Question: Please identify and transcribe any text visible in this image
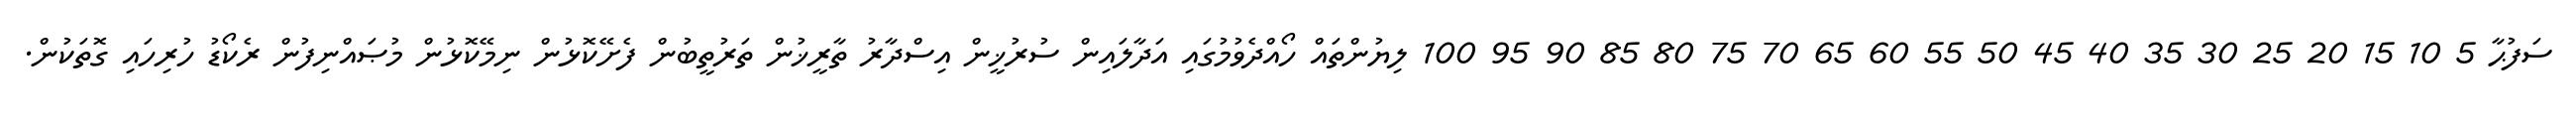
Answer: ސަފުޙާ 5 10 15 20 25 30 35 40 45 50 55 60 65 70 75 80 85 90 95 100 ލިޔުންތައް ހޯއްދެވުމުގައި އަދާލައިން ސުރުޚީން އިސްދާރު ތާރީޚުން ތަރުތީބުން ފެށޭކޮޅުން ނިމޭކޮޅުން މުޞައްނިފުން ރެކޯޑު ހުރިހައި ގޮތަކުން.